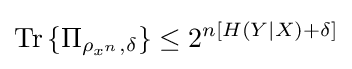
{\text{Tr}}\left\{\Pi _{\rho _{x^{n}},\delta }\right\}\leq 2^{n\left[H(Y|X)+\delta \right]}